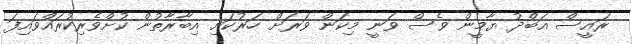
ރައީސް އަބްދު ޔާމީން ވެސް ވަނީ މިކަން ވަރަށް ހަރުކަށި އިބާރާތުން ކުށްވެރިކުރައްވައިފަ